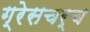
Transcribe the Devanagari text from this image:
ग्रेसचर्च